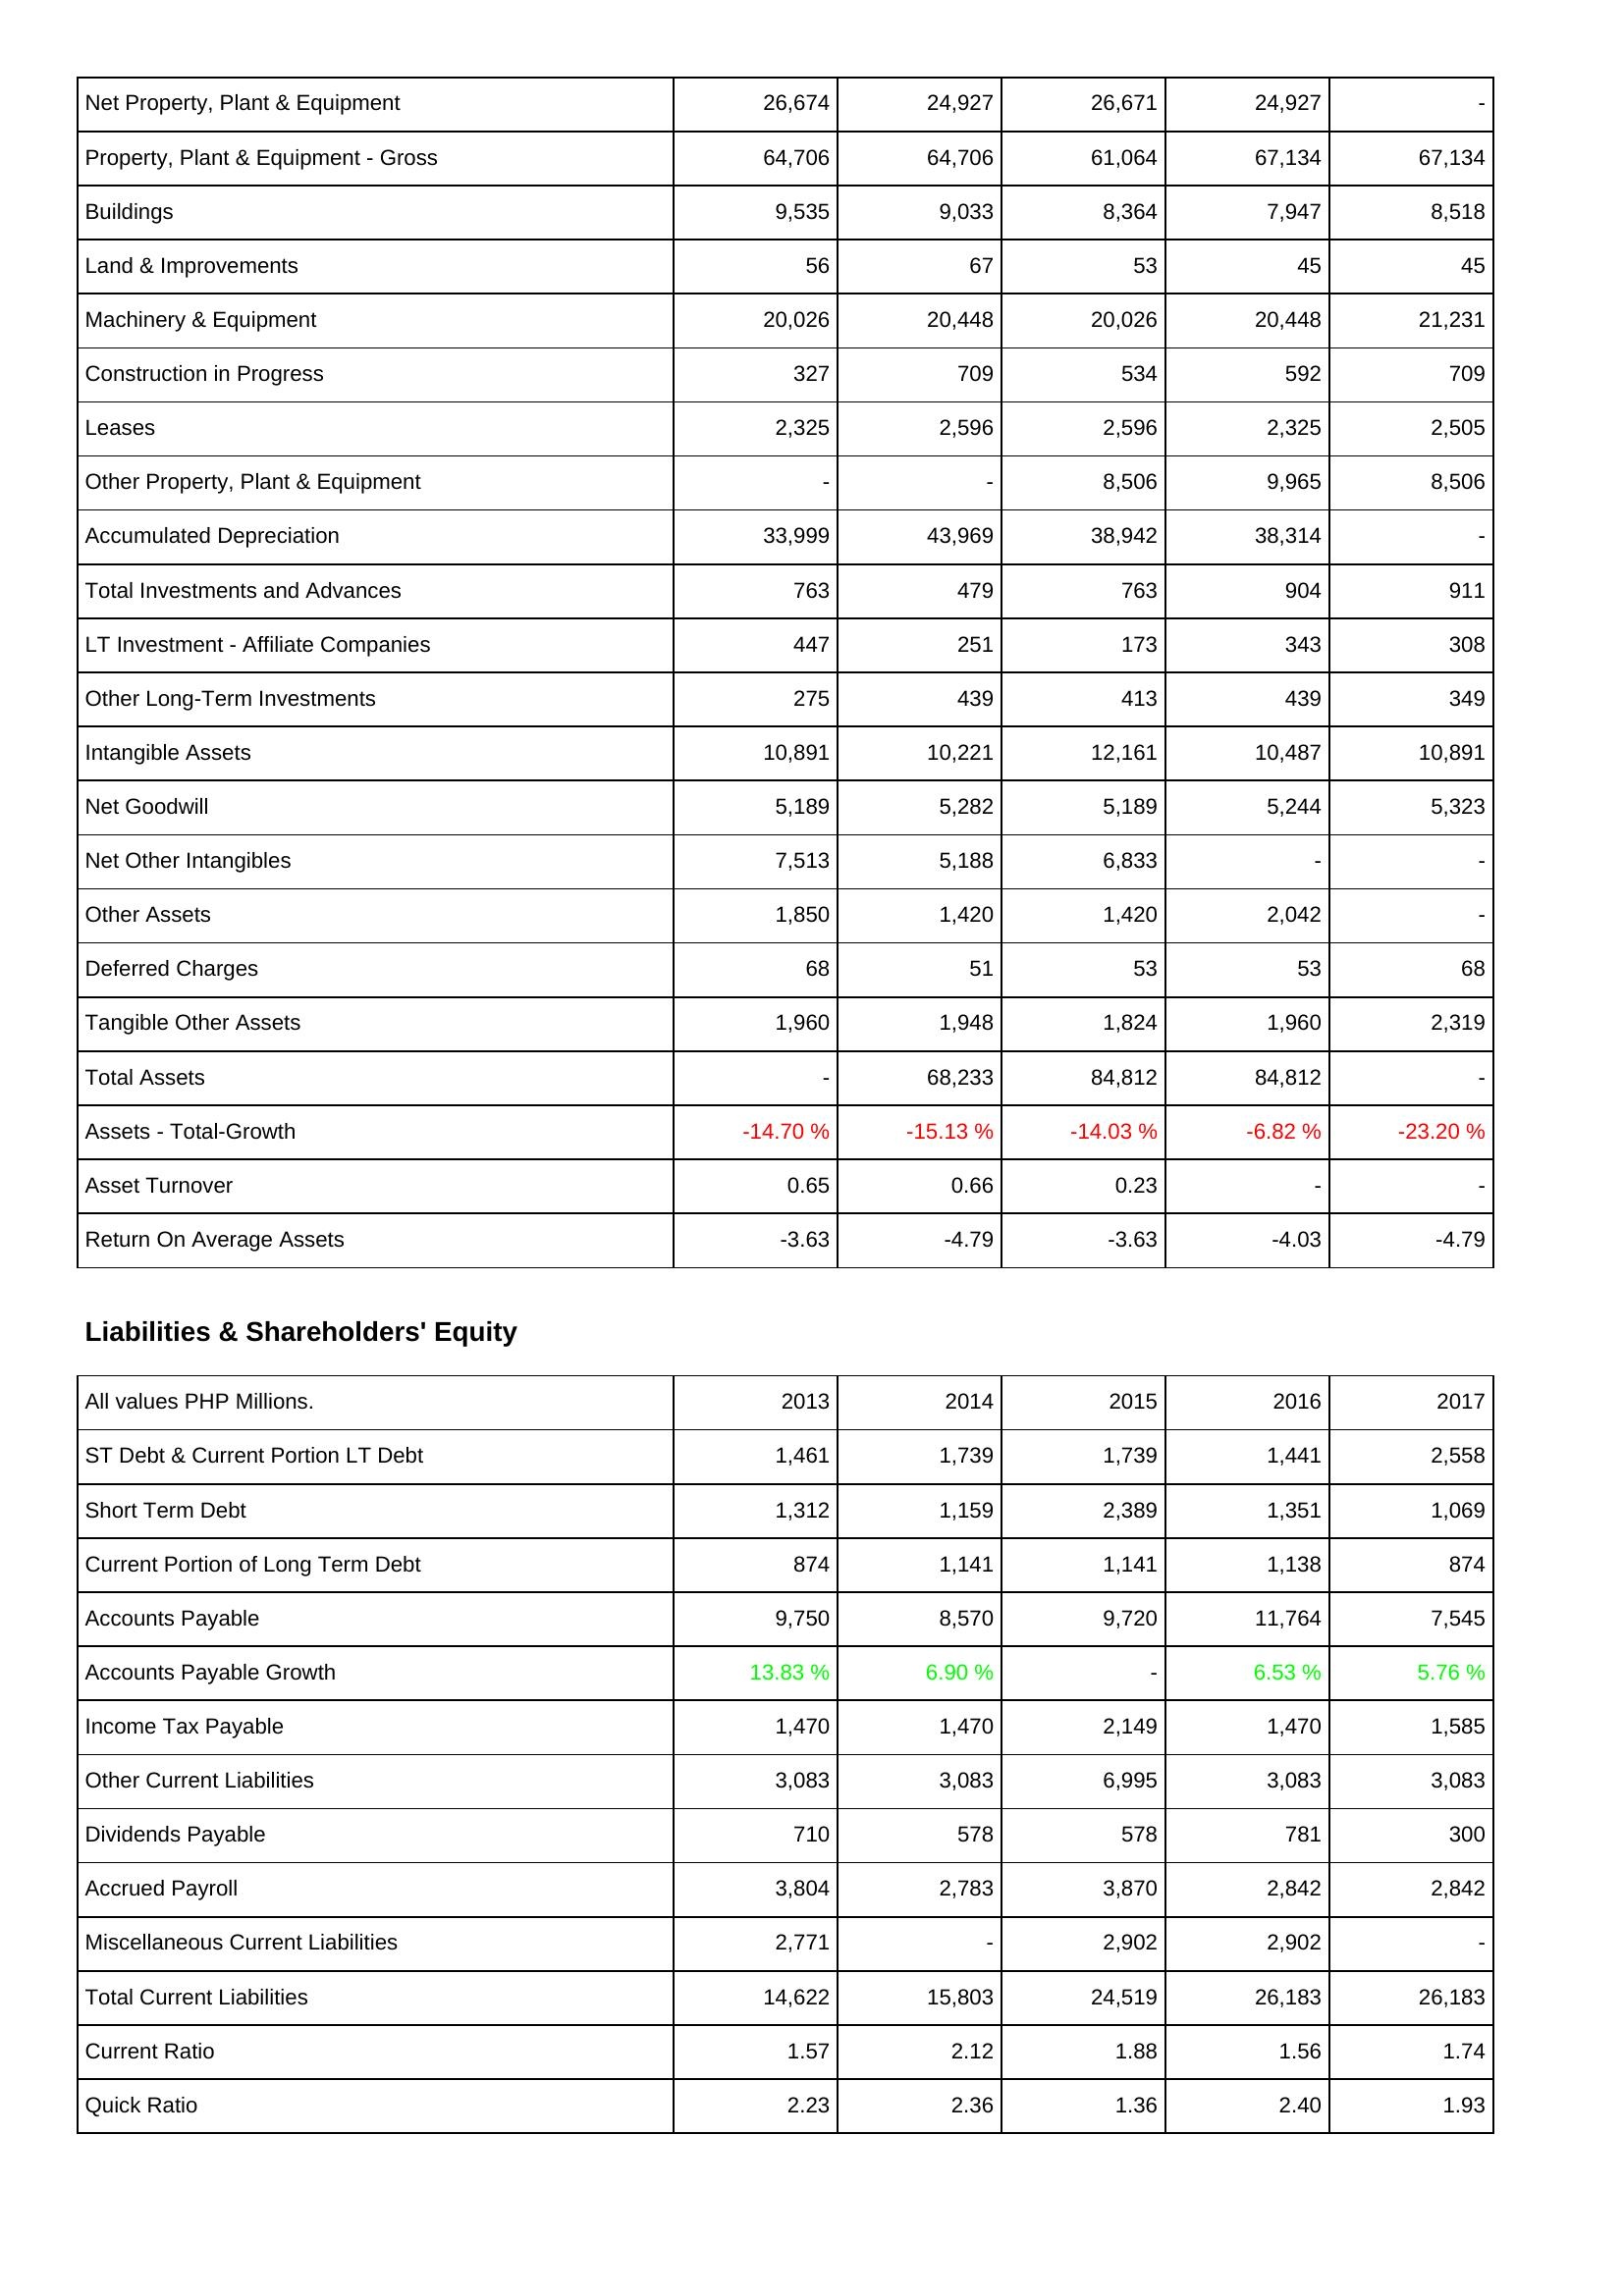
2013: Assets: Net Property, Plant & Equipment: 26,674
Property, Plant & Equipment - Gross: 64,706
Buildings: 9,535
Land & Improvements: 56
Machinery & Equipment: 20,026
Construction in Progress: 327
Leases: 2,325
Other Property, Plant & Equipment: -
Accumulated Depreciation: 33,999
Total Investments and Advances: 763
LT Investment - Affiliate Companies: 447
Other Long-Term Investments: 275
Intangible Assets: 10,891
Net Goodwill: 5,189
Net Other Intangibles: 7,513
Other Assets: 1,850
Deferred Charges: 68
Tangible Other Assets: 1,960
Total Assets: -
Assets - Total-Growth: -14.70 %
Asset Turnover: 0.65
Return On Average Assets: -3.63
Liabilities & Shareholders' Equity: ST Debt & Current Portion LT Debt: 1,461
Short Term Debt: 1,312
Current Portion of Long Term Debt: 874
Accounts Payable: 9,750
Accounts Payable Growth: 13.83 %
Income Tax Payable: 1,470
Other Current Liabilities: 3,083
Dividends Payable: 710
Accrued Payroll: 3,804
Miscellaneous Current Liabilities: 2,771
Total Current Liabilities: 14,622
Current Ratio: 1.57
Quick Ratio: 2.23
2014: Assets: Net Property, Plant & Equipment: 24,927
Property, Plant & Equipment - Gross: 64,706
Buildings: 9,033
Land & Improvements: 67
Machinery & Equipment: 20,448
Construction in Progress: 709
Leases: 2,596
Other Property, Plant & Equipment: -
Accumulated Depreciation: 43,969
Total Investments and Advances: 479
LT Investment - Affiliate Companies: 251
Other Long-Term Investments: 439
Intangible Assets: 10,221
Net Goodwill: 5,282
Net Other Intangibles: 5,188
Other Assets: 1,420
Deferred Charges: 51
Tangible Other Assets: 1,948
Total Assets: 68,233
Assets - Total-Growth: -15.13 %
Asset Turnover: 0.66
Return On Average Assets: -4.79
Liabilities & Shareholders' Equity: ST Debt & Current Portion LT Debt: 1,739
Short Term Debt: 1,159
Current Portion of Long Term Debt: 1,141
Accounts Payable: 8,570
Accounts Payable Growth: 6.90 %
Income Tax Payable: 1,470
Other Current Liabilities: 3,083
Dividends Payable: 578
Accrued Payroll: 2,783
Miscellaneous Current Liabilities: -
Total Current Liabilities: 15,803
Current Ratio: 2.12
Quick Ratio: 2.36
2015: Assets: Net Property, Plant & Equipment: 26,671
Property, Plant & Equipment - Gross: 61,064
Buildings: 8,364
Land & Improvements: 53
Machinery & Equipment: 20,026
Construction in Progress: 534
Leases: 2,596
Other Property, Plant & Equipment: 8,506
Accumulated Depreciation: 38,942
Total Investments and Advances: 763
LT Investment - Affiliate Companies: 173
Other Long-Term Investments: 413
Intangible Assets: 12,161
Net Goodwill: 5,189
Net Other Intangibles: 6,833
Other Assets: 1,420
Deferred Charges: 53
Tangible Other Assets: 1,824
Total Assets: 84,812
Assets - Total-Growth: -14.03 %
Asset Turnover: 0.23
Return On Average Assets: -3.63
Liabilities & Shareholders' Equity: ST Debt & Current Portion LT Debt: 1,739
Short Term Debt: 2,389
Current Portion of Long Term Debt: 1,141
Accounts Payable: 9,720
Accounts Payable Growth: -
Income Tax Payable: 2,149
Other Current Liabilities: 6,995
Dividends Payable: 578
Accrued Payroll: 3,870
Miscellaneous Current Liabilities: 2,902
Total Current Liabilities: 24,519
Current Ratio: 1.88
Quick Ratio: 1.36
2016: Assets: Net Property, Plant & Equipment: 24,927
Property, Plant & Equipment - Gross: 67,134
Buildings: 7,947
Land & Improvements: 45
Machinery & Equipment: 20,448
Construction in Progress: 592
Leases: 2,325
Other Property, Plant & Equipment: 9,965
Accumulated Depreciation: 38,314
Total Investments and Advances: 904
LT Investment - Affiliate Companies: 343
Other Long-Term Investments: 439
Intangible Assets: 10,487
Net Goodwill: 5,244
Net Other Intangibles: -
Other Assets: 2,042
Deferred Charges: 53
Tangible Other Assets: 1,960
Total Assets: 84,812
Assets - Total-Growth: -6.82 %
Asset Turnover: -
Return On Average Assets: -4.03
Liabilities & Shareholders' Equity: ST Debt & Current Portion LT Debt: 1,441
Short Term Debt: 1,351
Current Portion of Long Term Debt: 1,138
Accounts Payable: 11,764
Accounts Payable Growth: 6.53 %
Income Tax Payable: 1,470
Other Current Liabilities: 3,083
Dividends Payable: 781
Accrued Payroll: 2,842
Miscellaneous Current Liabilities: 2,902
Total Current Liabilities: 26,183
Current Ratio: 1.56
Quick Ratio: 2.40
2017: Assets: Net Property, Plant & Equipment: -
Property, Plant & Equipment - Gross: 67,134
Buildings: 8,518
Land & Improvements: 45
Machinery & Equipment: 21,231
Construction in Progress: 709
Leases: 2,505
Other Property, Plant & Equipment: 8,506
Accumulated Depreciation: -
Total Investments and Advances: 911
LT Investment - Affiliate Companies: 308
Other Long-Term Investments: 349
Intangible Assets: 10,891
Net Goodwill: 5,323
Net Other Intangibles: -
Other Assets: -
Deferred Charges: 68
Tangible Other Assets: 2,319
Total Assets: -
Assets - Total-Growth: -23.20 %
Asset Turnover: -
Return On Average Assets: -4.79
Liabilities & Shareholders' Equity: ST Debt & Current Portion LT Debt: 2,558
Short Term Debt: 1,069
Current Portion of Long Term Debt: 874
Accounts Payable: 7,545
Accounts Payable Growth: 5.76 %
Income Tax Payable: 1,585
Other Current Liabilities: 3,083
Dividends Payable: 300
Accrued Payroll: 2,842
Miscellaneous Current Liabilities: -
Total Current Liabilities: 26,183
Current Ratio: 1.74
Quick Ratio: 1.93